Vaccination in Burma 1889-1999 - 1889-1999
Year: 1889
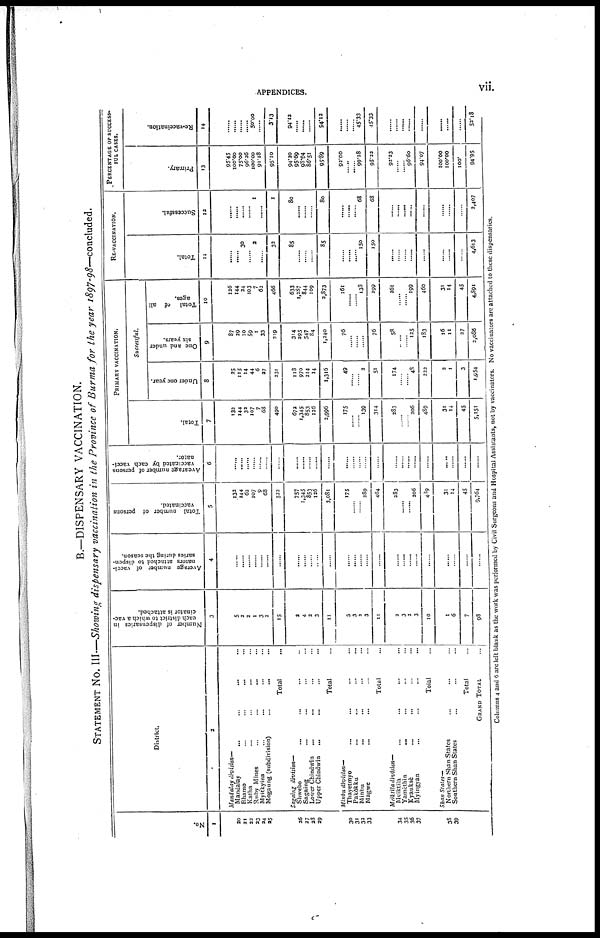
APPENDICES.
vii.
B.—DISPENSARY VACCINATION.
STATEMENT No. III—Showing dispensary vaccination in the Province of Burma for the year 1897-98—concluded.
No.
1
20
21
23
23
24
25
26
27
28
29
30
31
32
33
34
35
36
37
38
39
District.
2
Mandalay division—
Mandalay...
...
Bhamo... ...
Katha... ...
Ruby Mines... ...
Myitkyina... ...
Mogaung (subdivision)... ...
Total...
Sagaing division—
Shwebo... ...
Sagaing... ...
Lower Chindwin... ...
Upper Chindwin
...
...
Total...
Minbu division—
Thayetmyo... ...
Pakôkku... ...
Minbu... ...
Magwe... ...
Total...
Meiktila division—
Meiktila... ...
Yamèthin...
...
Kyauksè... ...
Myingyan...
...
...
Total...
Shan States—
Northern Shan States...
Southern Shan States...
Total...
GRAND TOTAL...
Number of dispensaries in
each district to which a vac-
cinator is attached.
3
5
2
2
1
3
3
15
3
4
3
3
11
3
3
2
3
11
3
3
3
3
10
1
6
7
98
Average number of vacci-
nators attached to dispen-
saries during the season.
4
......
......
......
......
......
......
......
......
......
......
......
......
......
......
......
......
......
......
......
......
......
......
......
......
......
......
Total number of persons
vaccinated.
5
132
144
62
107
9
68
523
757
1,345
853
126
3,081
175
......
......
289
464
283
......
......
206
489
31
14
45
9,764
Average number of persons
vaccinated by each vacci-
nator.
6
......
......
......
......
......
......
......
......
......
......
......
......
......
......
......
......
......
......
......
......
......
...
......
......
......
PRIMARY VACCINATION.
Total.
7
132
144
32
107
7
68
490
672
1,345
853
136
2,996
175
......
......
139
314
283
......
......
206
489
31
14
45
5,151
Successful.
Under one year.
8
25
115
14
44
6
27
231
118
970
214
14
1,316
49
......
......
2
51
174
......
......
48
223
2
1
3
1,954
One and under
six years.
9
87
39
10
59
1
33
219
314
295
547
84
1,340
76
......
......
......
76
58
......
......
125
183
16
11
27
2,086
Total
of all
ages.
10
126
144
24
103
7
63
466
633
1,287
844
109
2,873
161
......
......
133
299
261
......
......
199
460
31
14
45
4,391
RE-VACCINATION.
Total.
11
......
......
30
......
3
......
32
85
......
......
......
85
......
......
......
150
150
......
......
......
......
......
......
......
......
4,613
Successful.
12
......
......
......
......
1
......
1
80
......
......
......
80
......
......
......
68
68
......
......
......
......
......
......
......
2,407
PERCENTAGE OF SUCCESS-
FUL CASES.
Primary.
13
95.45
100.00
75.00
96.26
100.00
91.18
95.10
94.20
95.69
98.94
86.51
95.89
92.00
......
......
99.28
95.32
93.23
......
......
96.60
94.07
......
100.00
100.
94.95
Re-vaccination.
14
......
......
......
......
50.00
......
3.13
94.12
......
......
......
94.12
......
......
......
45.33
45.33
......
......
......
......
......
......
......
52.18
Columns 4 and 6 are left blank as the work was performed by Civil Surgeons and Hospital Assistants, not by vaccinators. No vaccinators are attached to these dispensaries.